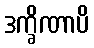
ဒက္ခိဏာပိ